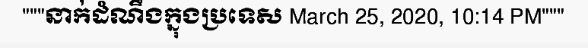
"""នាក់ដំណឹងក្នុងប្រទេស March 25, 2020, 10:14 PM"""